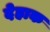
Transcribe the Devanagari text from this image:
देहाक